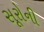
સૂરોની